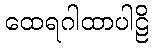
ထေရဂါထာပါဠိ